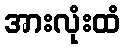
အားလုံးထံ